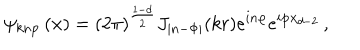
\psi _ { k n \textbf { p } \, } ( \textbf { x } ) = ( 2 \pi ) ^ { \frac { 1 - d } 2 } J _ { | n - \Phi | } ( k r ) e ^ { i n \varphi } e ^ { i \textbf { p } { \textbf { x } } _ { d - 2 } } \, ,